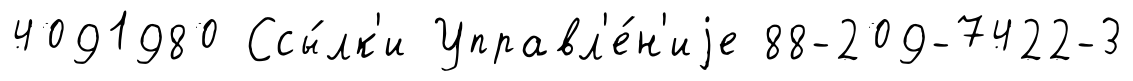
4091980 Ссы́лк'и Управл'е́н'иjе 88-209-7422-3